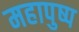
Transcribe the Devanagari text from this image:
महापुष्प